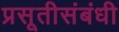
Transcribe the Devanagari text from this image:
प्रसूतीसंबंधी